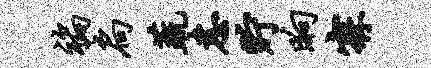
褊扃蔬恚贮晌寐